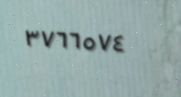
٣٧٦٦٥٧٤